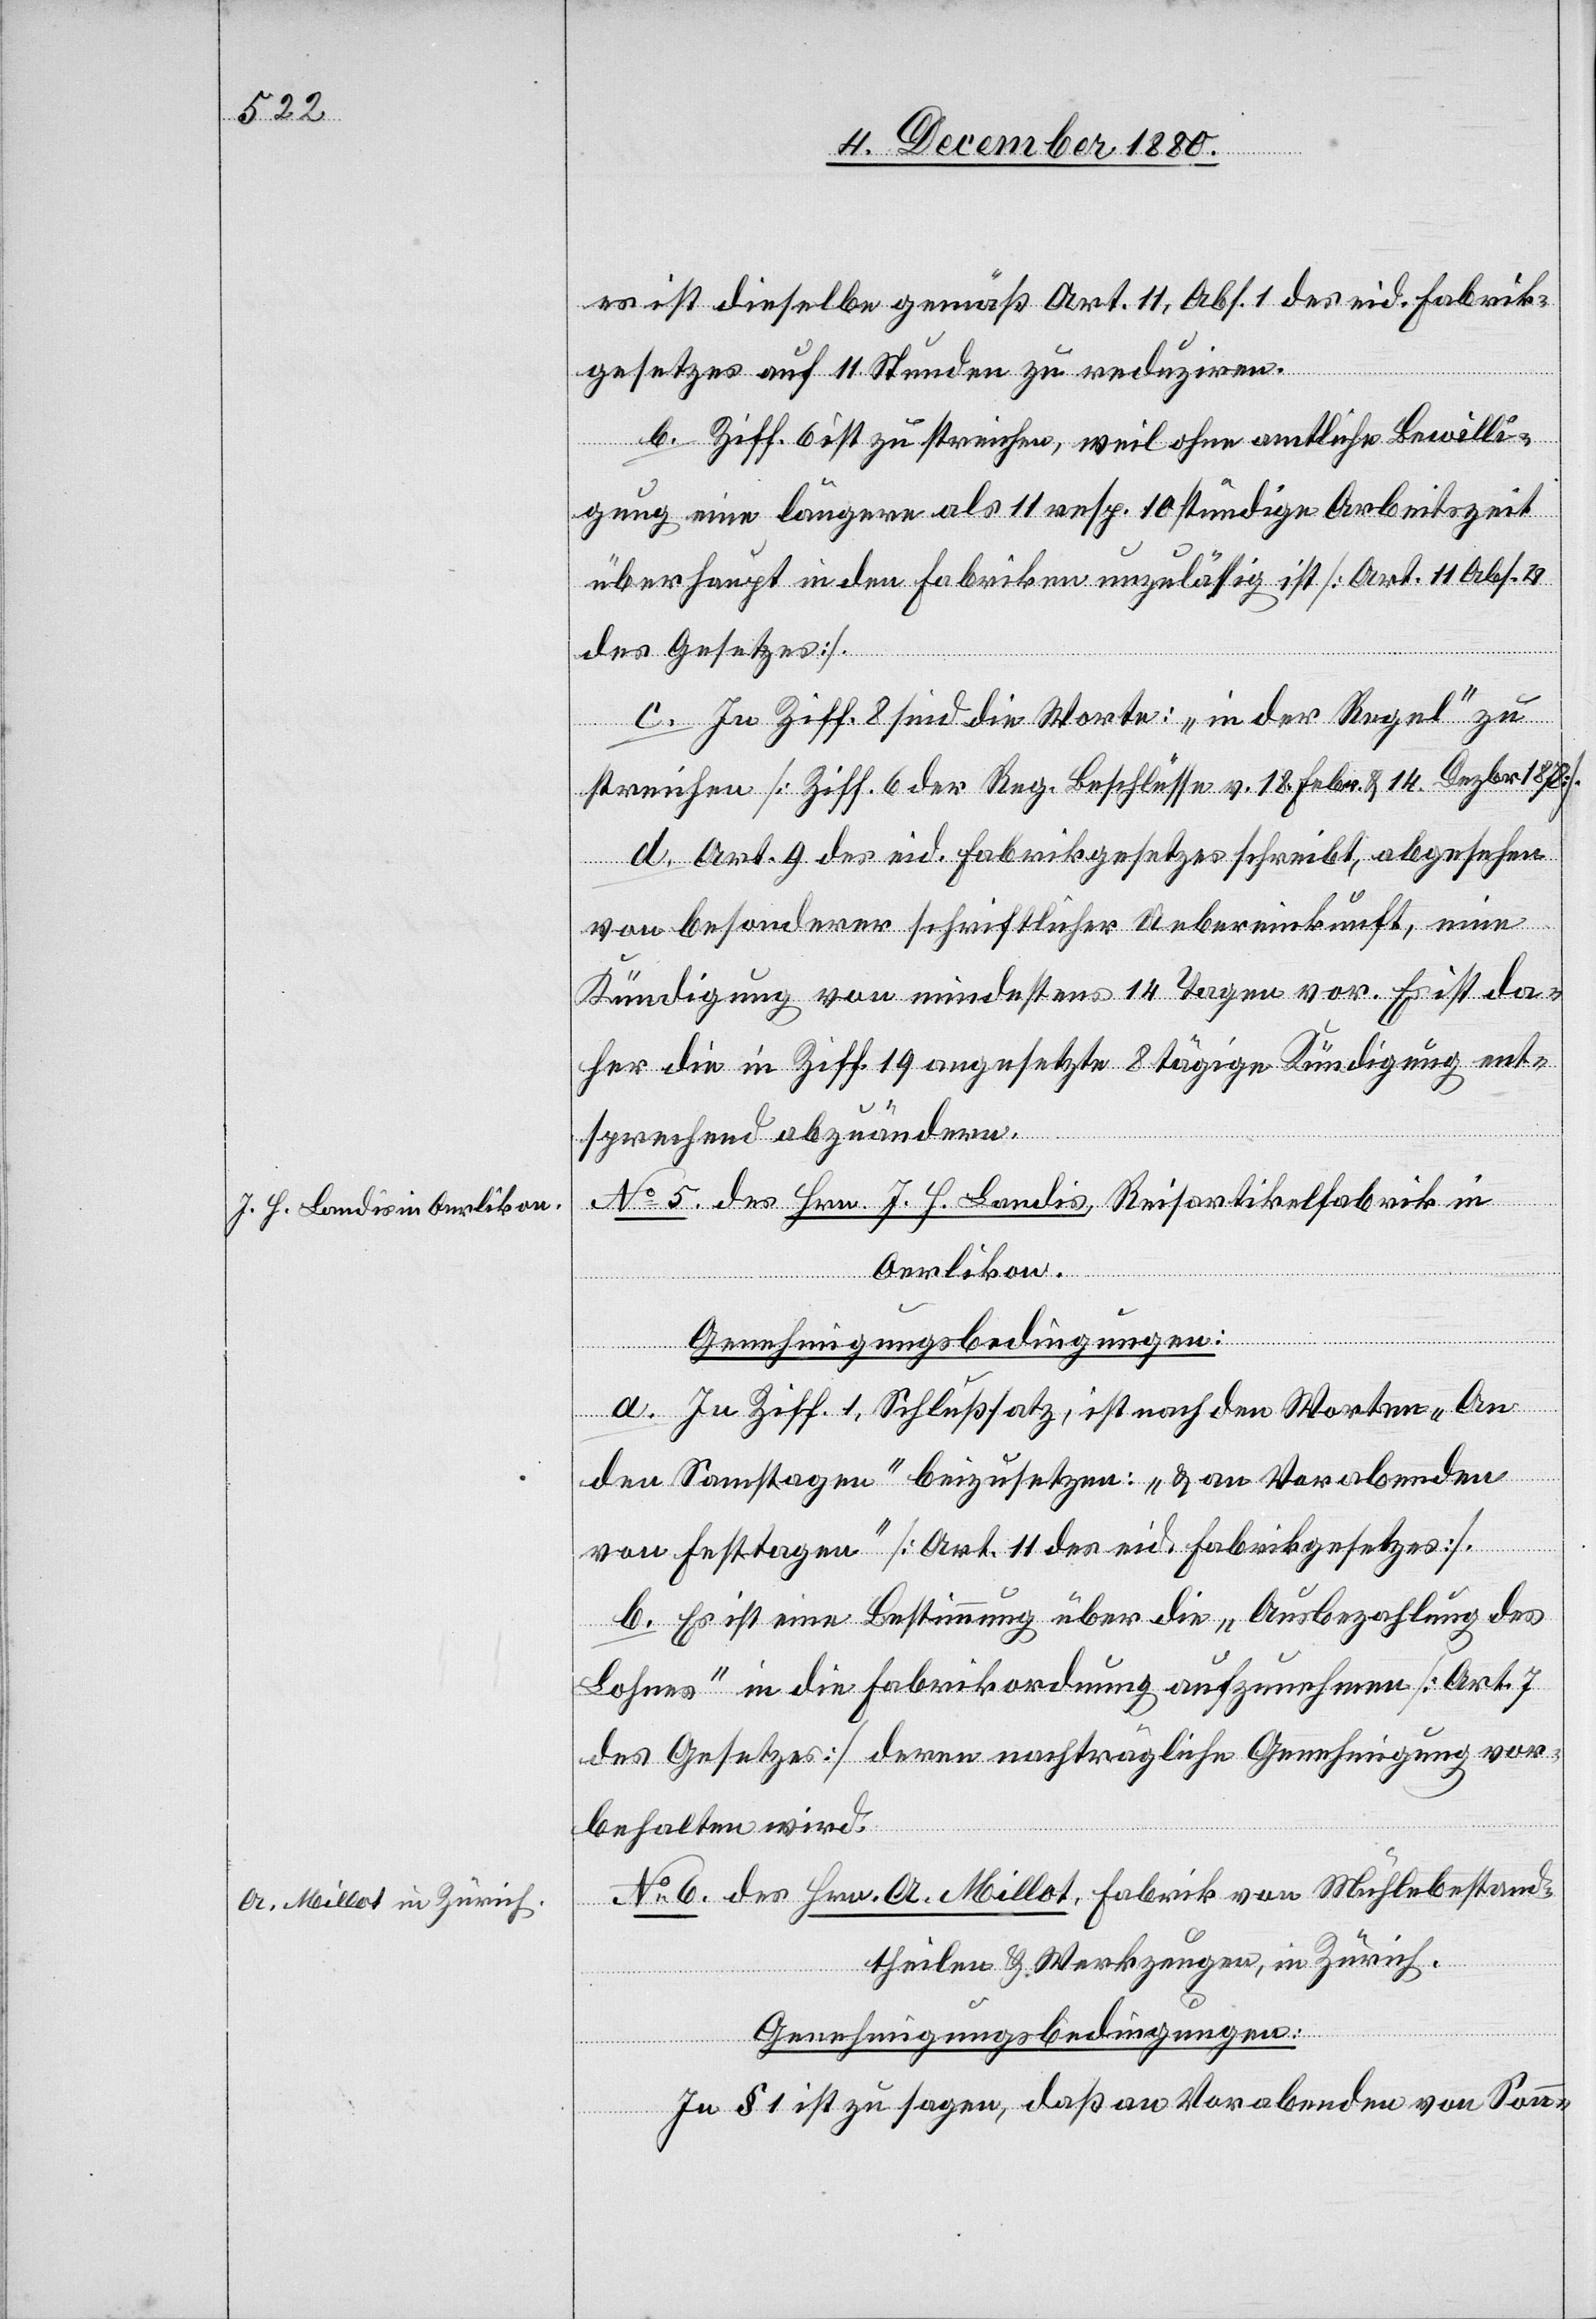
es ist dieselbe gemäß Art. 11, Abs. 1 des eid. Fabrik¬
gesetzes auf 11 Stunden zu reduziren.
b. Ziff. 6 ist zu streichen, weil ohne amtliche Bewilli¬
gung eine längere als 11 resp. 10stündige Arbeitszeit
überhaupt in den Fabriken unzulässig ist [Art. 11, Abs. 4
des Gesetzes].
c. In Ziff. 6 sind die Worte: „in der Regel“ zu
streichen [Ziff. 6 der Reg. Beschlüsse v. 18. Febr. & 14. Dezbr. 1872].
d. Art. 9 des eid. Fabrikgesetzes schreibt, abgesehen
von besonderer schriftlicher Uebereinkunft, eine
Kündigung von mindestens 14 Tagen vor. Es ist da¬
her die in Ziff. 19 angesetzte 8tägige Kündigung ent¬
sprechend abzuändern.
No 5 des Hrn. J. H. Landis, Reisartikelfabrik in
Oerlikon.
a. In Ziff. 1, Schlußsatz, ist nach den Worten „An
den Samstagen“ beizusetzen: „& an Vorabenden
von Festtagen“ [Art. 11 des eid. Fabrikgesetzes].
b. Es ist eine Bestimmung über die „Ausbezahlung des
Lohnes“ in die Fabrikordnung aufzunehmen [Art. 7
des Gesetzes] deren nachträgliche Genehmigung vor¬
behalten wird.
No 6 des Hrn. A. Millot, Fabrik von Mühlebestand¬
theilen & Werkzeugen, in Zürich.
Genehmigungsbedingungen:
In § 1 ist zu sagen, daß an Vorabenden von Son¬
n-